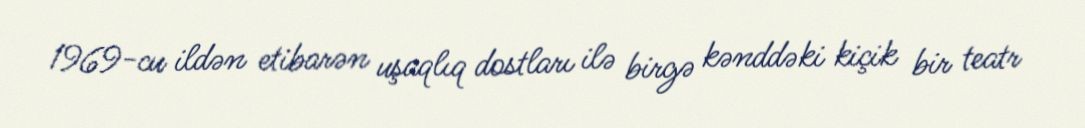
1969-cu ildən etibarən uşaqlıq dostları ilə birgə kənddəki kiçik bir teatr